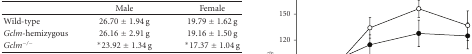
<table><thead><tr><td></td><td><b>Male</b></td><td><b>Female</b></td></tr></thead><tbody><tr><td>Wild-type</td><td>26.70 ± 1.94 g</td><td>19.79 ± 1.62 g</td></tr><tr><td><i>Gclm</i>-hemizygous</td><td>26.16 ± 2.91 g</td><td>19.16 ± 1.50 g</td></tr><tr><td><i>Gclm<sup>−/−</sup></i></td><td>*23.92 ± 1.34 g</td><td>*17.37 ± 1.04 g</td></tr></tbody></table>